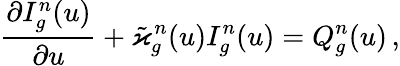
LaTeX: \frac{\partial I_{g}^{n}(u)}{\partial u}+\tilde{\varkappa}_{g}^{n}(u)I_{g}^{n}(u)={Q}_{g}^{n}(u)\, ,